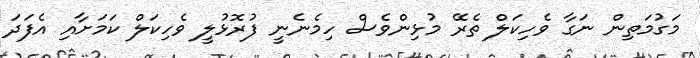
މަގުމަތިން ނަގާ ވެހިކަލް ތެރޭ މުޅިންވެސް ހިމެނެނީ ފުރޮޅުލީ ވެހިކަލް ކަމަށާއި އެފަދަ